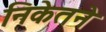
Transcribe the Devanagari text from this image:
निकेतने